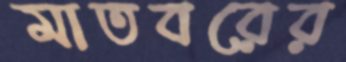
মাতবরের